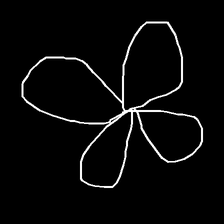
Glyph: billowing